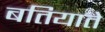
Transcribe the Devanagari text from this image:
बतियाते